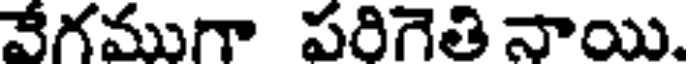
వేగముగా పరిగెతి నాయి.